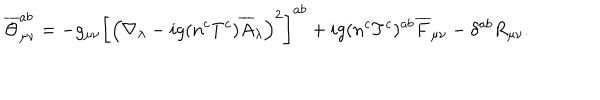
LaTeX: \overline { { { \Theta } } } _ { \mu \nu } ^ { a b } = - g _ { \mu \nu } \left[ \left( \nabla _ { \lambda } - i g ( n ^ { c } T ^ { c } ) \overline { { { A } } } _ { \lambda } \right) ^ { 2 } \right] ^ { a b } + i g ( n ^ { c } T ^ { c } ) ^ { a b } \overline { { { F } } } _ { \mu \nu } - \delta ^ { a b } R _ { \mu \nu } .